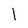
Character: 1